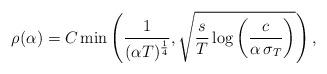
LaTeX: \begin{align*}\rho(\alpha) = C \min\left ( \frac{1}{(\alpha T)^{\frac{1}{4}}} , \sqrt{\frac{s}{T}\log \left (\frac{c}{\alpha \, \sigma_T} \right )} \right ),\end{align*}